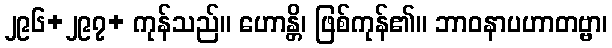
၂၉၆+၂၉၇+ ကုန်သည်။ ဟောန္တိ၊ ဖြစ်ကုန်၏။ ဘာဝနာပဟာတဗ္ဗာ၊